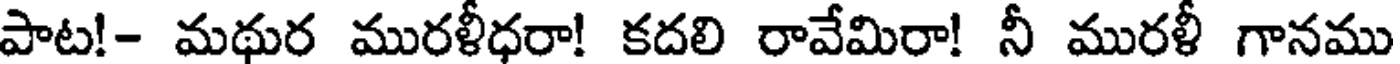
పాట!- మథుర మురళీధరా! కదలి రావేమిరా! నీ మురళీ గానము